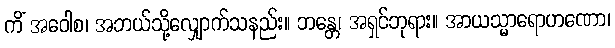
ကိံ အဝေါစ၊ အဘယ်သို့လျှောက်သနည်း။ ဘန္တေ၊ အရှင်ဘုရား။ အာယသ္မာရောဟဏော၊